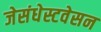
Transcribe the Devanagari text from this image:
जेसंधेस्टवेसन